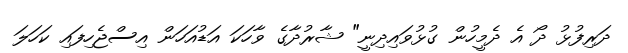
ދަރިފުޅު ދޯ އެ ދެމީހުން ގުޅުވައިދިނީ" ޝާރުދާގެ ވާހަކަ އަޑުއަހަން އިސްޖެހިފައި ކަހަލަ